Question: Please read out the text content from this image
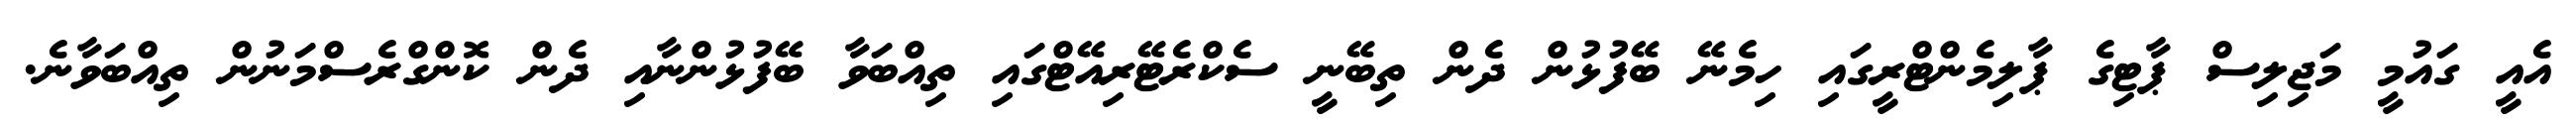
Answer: އެއީ ގައުމީ މަޖިލިސް ޕާޓިގެ ޕާލިމެންޓްރީގައި ހިމެނޭ ބޭފުޅުން ދެން ތިބޭނީ ސެކްރެޓޭރިއޭޓްގައި ތިއްބަވާ ބޭފުޅުންނާއި ދެން ކޮންގްރެސްމަނުން ތިއްބަވާނެ.